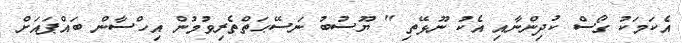
އެކަމަކު ގޯސް ކުދިންނާއި އެކު ނޫޅޭތި " ޔޫސުބު ނަސޭޙަތްތެރިވުމުން އިހްސާން ބައްޕައަށް